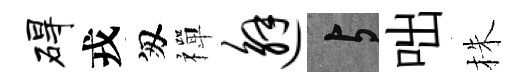
碍戎匆禪邂与咄株